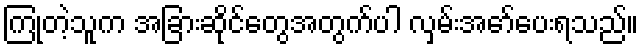
ကြုံတဲ့သူက အခြားဆိုင်တွေအတွက်ပါ လှမ်းအော်ပေးရသည်။